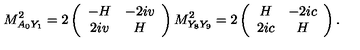
M _ { A _ { 0 } Y _ { 1 } } ^ { 2 } = 2 \left( \begin{array} { c c } { - H } & { - 2 i v } \\ { 2 i v } & { H } \\ \end{array} \right) M _ { Y _ { 8 } Y _ { 9 } } ^ { 2 } = 2 \left( \begin{array} { c c } { H } & { - 2 i c } \\ { 2 i c } & { H } \\ \end{array} \right) .